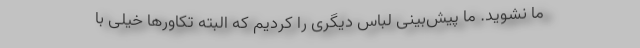
ما نشوید. ما پیش‌بینی لباس دیگری را کردیم که البته تکاورها خیلی با